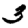
Digit: 3